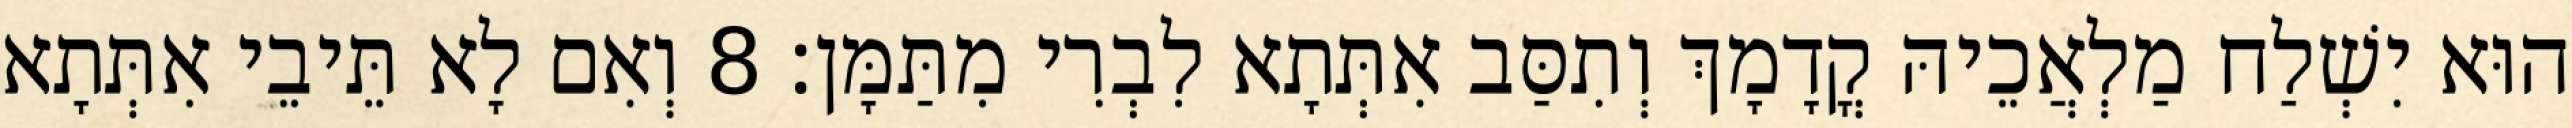
הוּא יִשְׁלַח מַלְאֲכֵיהּ קֳדָמָךְ וְתִסַּב אִתְּתָא לִבְרִי מִתַּמָּן׃ 8 וְאִם לָא תֵּיבֵי אִתְּתָא